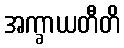
အက္ခာယတီတိ